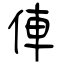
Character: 俥